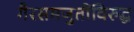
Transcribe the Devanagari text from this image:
गैरसमजुतींविरुद्ध